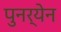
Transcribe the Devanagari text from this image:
पुनर्येन